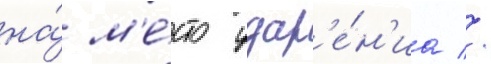
на́ м'е́сто удар'е́н'иа //